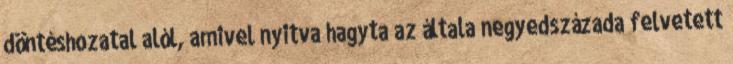
döntéshozatal alól, amivel nyitva hagyta az általa negyedszázada felvetett